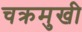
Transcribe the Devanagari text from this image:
चक्रमुखी